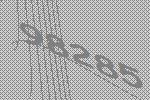
98285